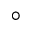
^ \circ